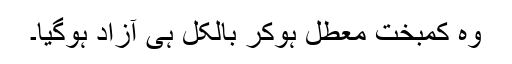
وہ کمبخت معطل ہوکر بالکل ہی آزاد ہوگیا۔